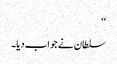
‘‘
سلطان نے جواب دیا۔